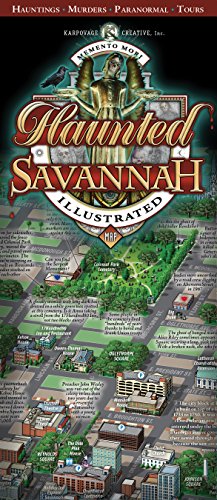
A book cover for Haunted Savannah Illustrated Map; Michael Karpovage; Travel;